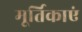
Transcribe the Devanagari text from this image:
मूर्तिकाएं